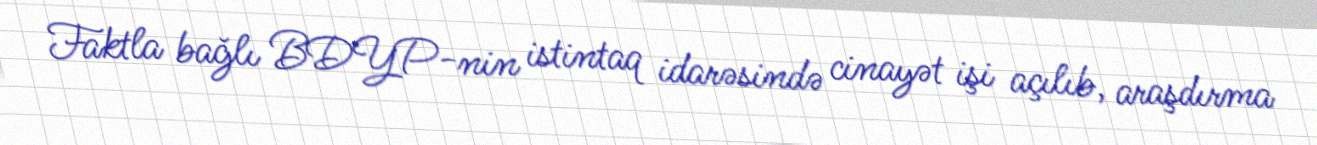
Faktla bağlı BDYP-nin istintaq idarəsində cinayət işi açılıb, araşdırma